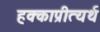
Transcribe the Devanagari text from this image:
हक्काप्रीत्यर्थ